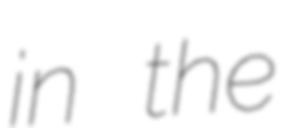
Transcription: in the